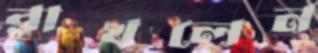
রাখলেন